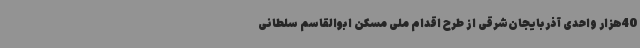
40هزار واحدی آذربایجان‌شرقی از طرح اقدام ملی مسکن ابوالقاسم سلطانی